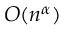
O ( n ^ { \alpha } )